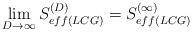
LaTeX: \begin{align*}\lim_{D\rightarrow\infty}S_{eff(LCG)}^{(D)}=S_{eff(LCG)}^{(\infty)}\end{align*}